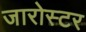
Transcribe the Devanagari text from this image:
जारोस्टर